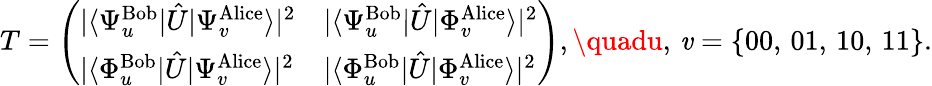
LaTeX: T=\left(\begin{array}{ll}{|\langle{\Psi_{u}^{\mathrm{Bob}}}|\hat{U}|{\Psi_{v}^{\mathrm{Alice}}}\rangle|^{2}}&{|\langle{\Psi_{u}^{\mathrm{Bob}}}|\hat{U}|{\Phi_{v}^{\mathrm{Alice}}}\rangle|^{2}}\\ {|\langle{\Phi_{u}^{\mathrm{Bob}}}|\hat{U}|{\Psi_{v}^{\mathrm{Alice}}}\rangle|^{2}}&{|\langle{\Phi_{u}^{\mathrm{Bob}}}|\hat{U}|{\Phi_{v}^{\mathrm{Alice}}}\rangle|^{2}}\end{array}\right),\quadu,\, \mathit{v}=\{ 00,\, 01,\, 10,\, 11\} .